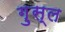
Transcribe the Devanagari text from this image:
गु़स्ल